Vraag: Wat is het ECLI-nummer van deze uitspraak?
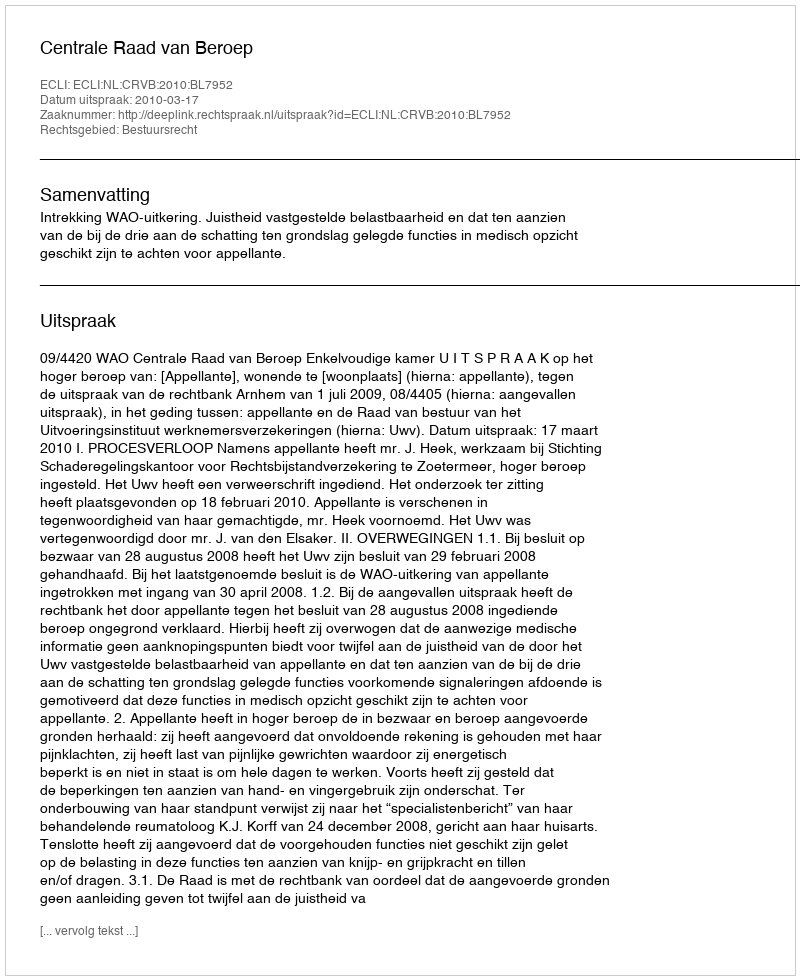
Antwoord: ECLI:NL:CRVB:2010:BL7952